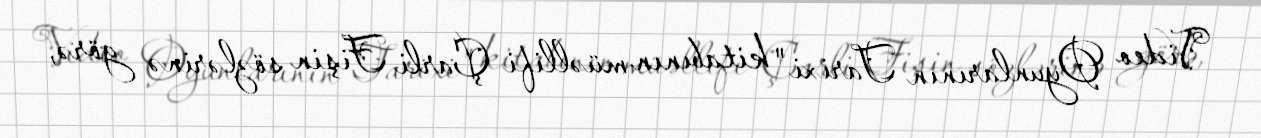
Video Oyunlarının Tarixi" kitabının müəllifi Çarli Fişin sözlərinə görə,